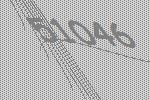
51046